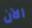
الآن